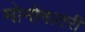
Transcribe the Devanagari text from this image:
मोनोगातरी